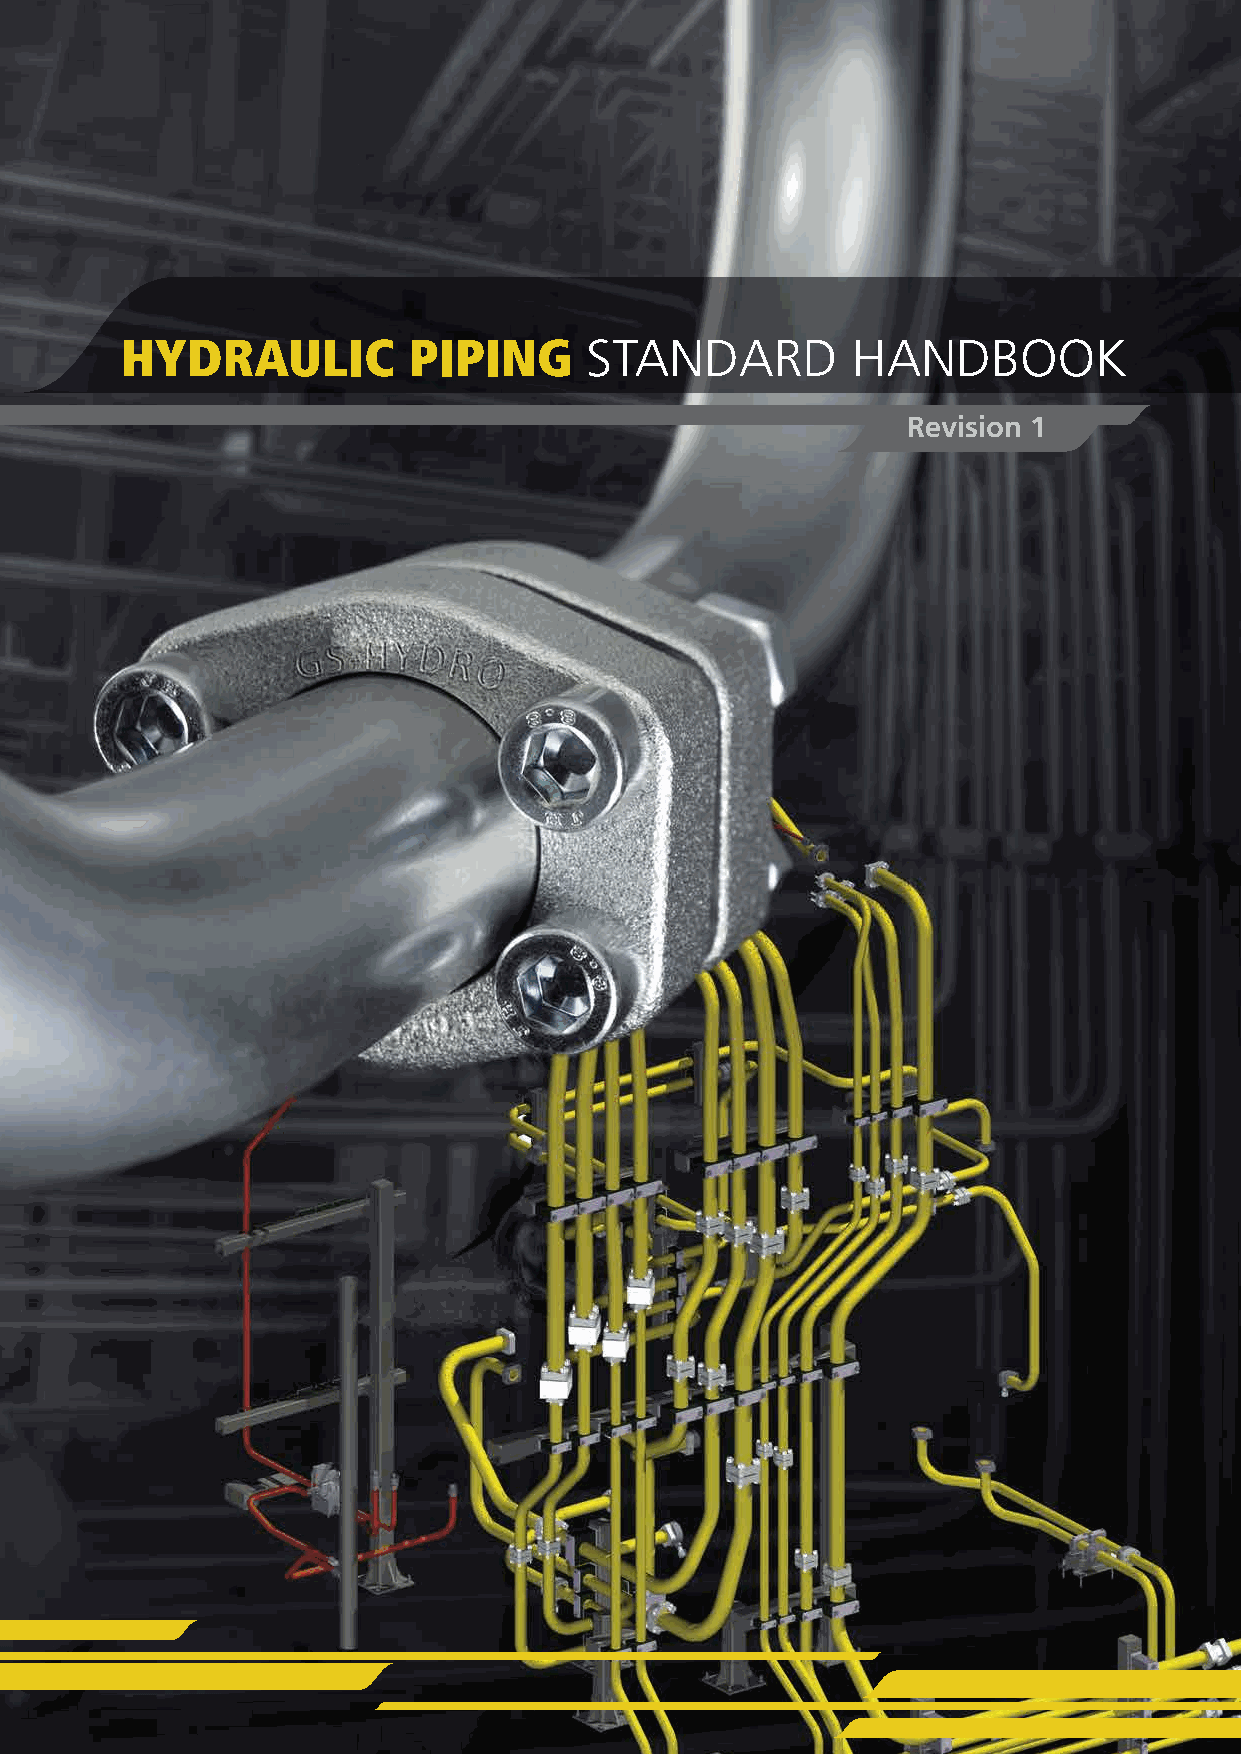
HYDRAULIC          PIPING      STANDARD         HANDBOOK
 Revision 1